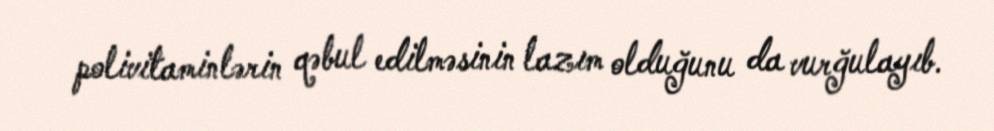
polivitaminlərin qəbul edilməsinin lazım olduğunu da vurğulayıb.